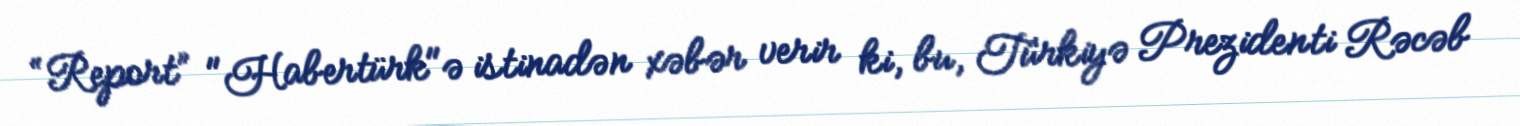
“Report” "Habertürk"ə istinadən xəbər verir ki, bu, Türkiyə Prezidenti Rəcəb